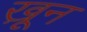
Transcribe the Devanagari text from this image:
खू़न